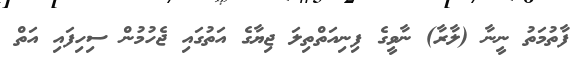
ފާތުމަތު ނީނާ (ލާރާ) ނާވީގެ ފިނިއަތްތިލަ ޖިޔާގެ އަތުގައި ޖެހުމުން ސިހިފައި އަތް